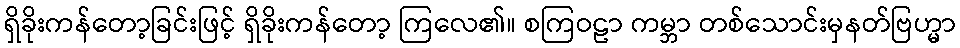
ရှိခိုးကန်တော့ခြင်းဖြင့် ရှိခိုးကန်တော့ ကြလေ၏။ စကြဝဠာ ကမ္ဘာ တစ်သောင်းမှနတ်ဗြဟ္မာ